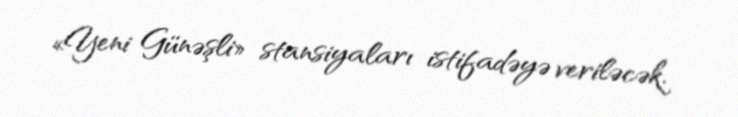
«Yeni Günəşli» stansiyaları istifadəyə veriləcək.